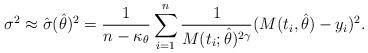
LaTeX: \begin{align*}\sigma^2\approx\hat{\sigma}(\hat{\theta})^2=\frac{1}{n-\kappa_{\theta}}\sum_{i=1}^n \frac{1}{M(t_i;\hat{\theta})^{2\gamma}}(M(t_i,\hat{\theta})- y_i)^2.\end{align*}